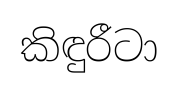
කිඳුරීටා